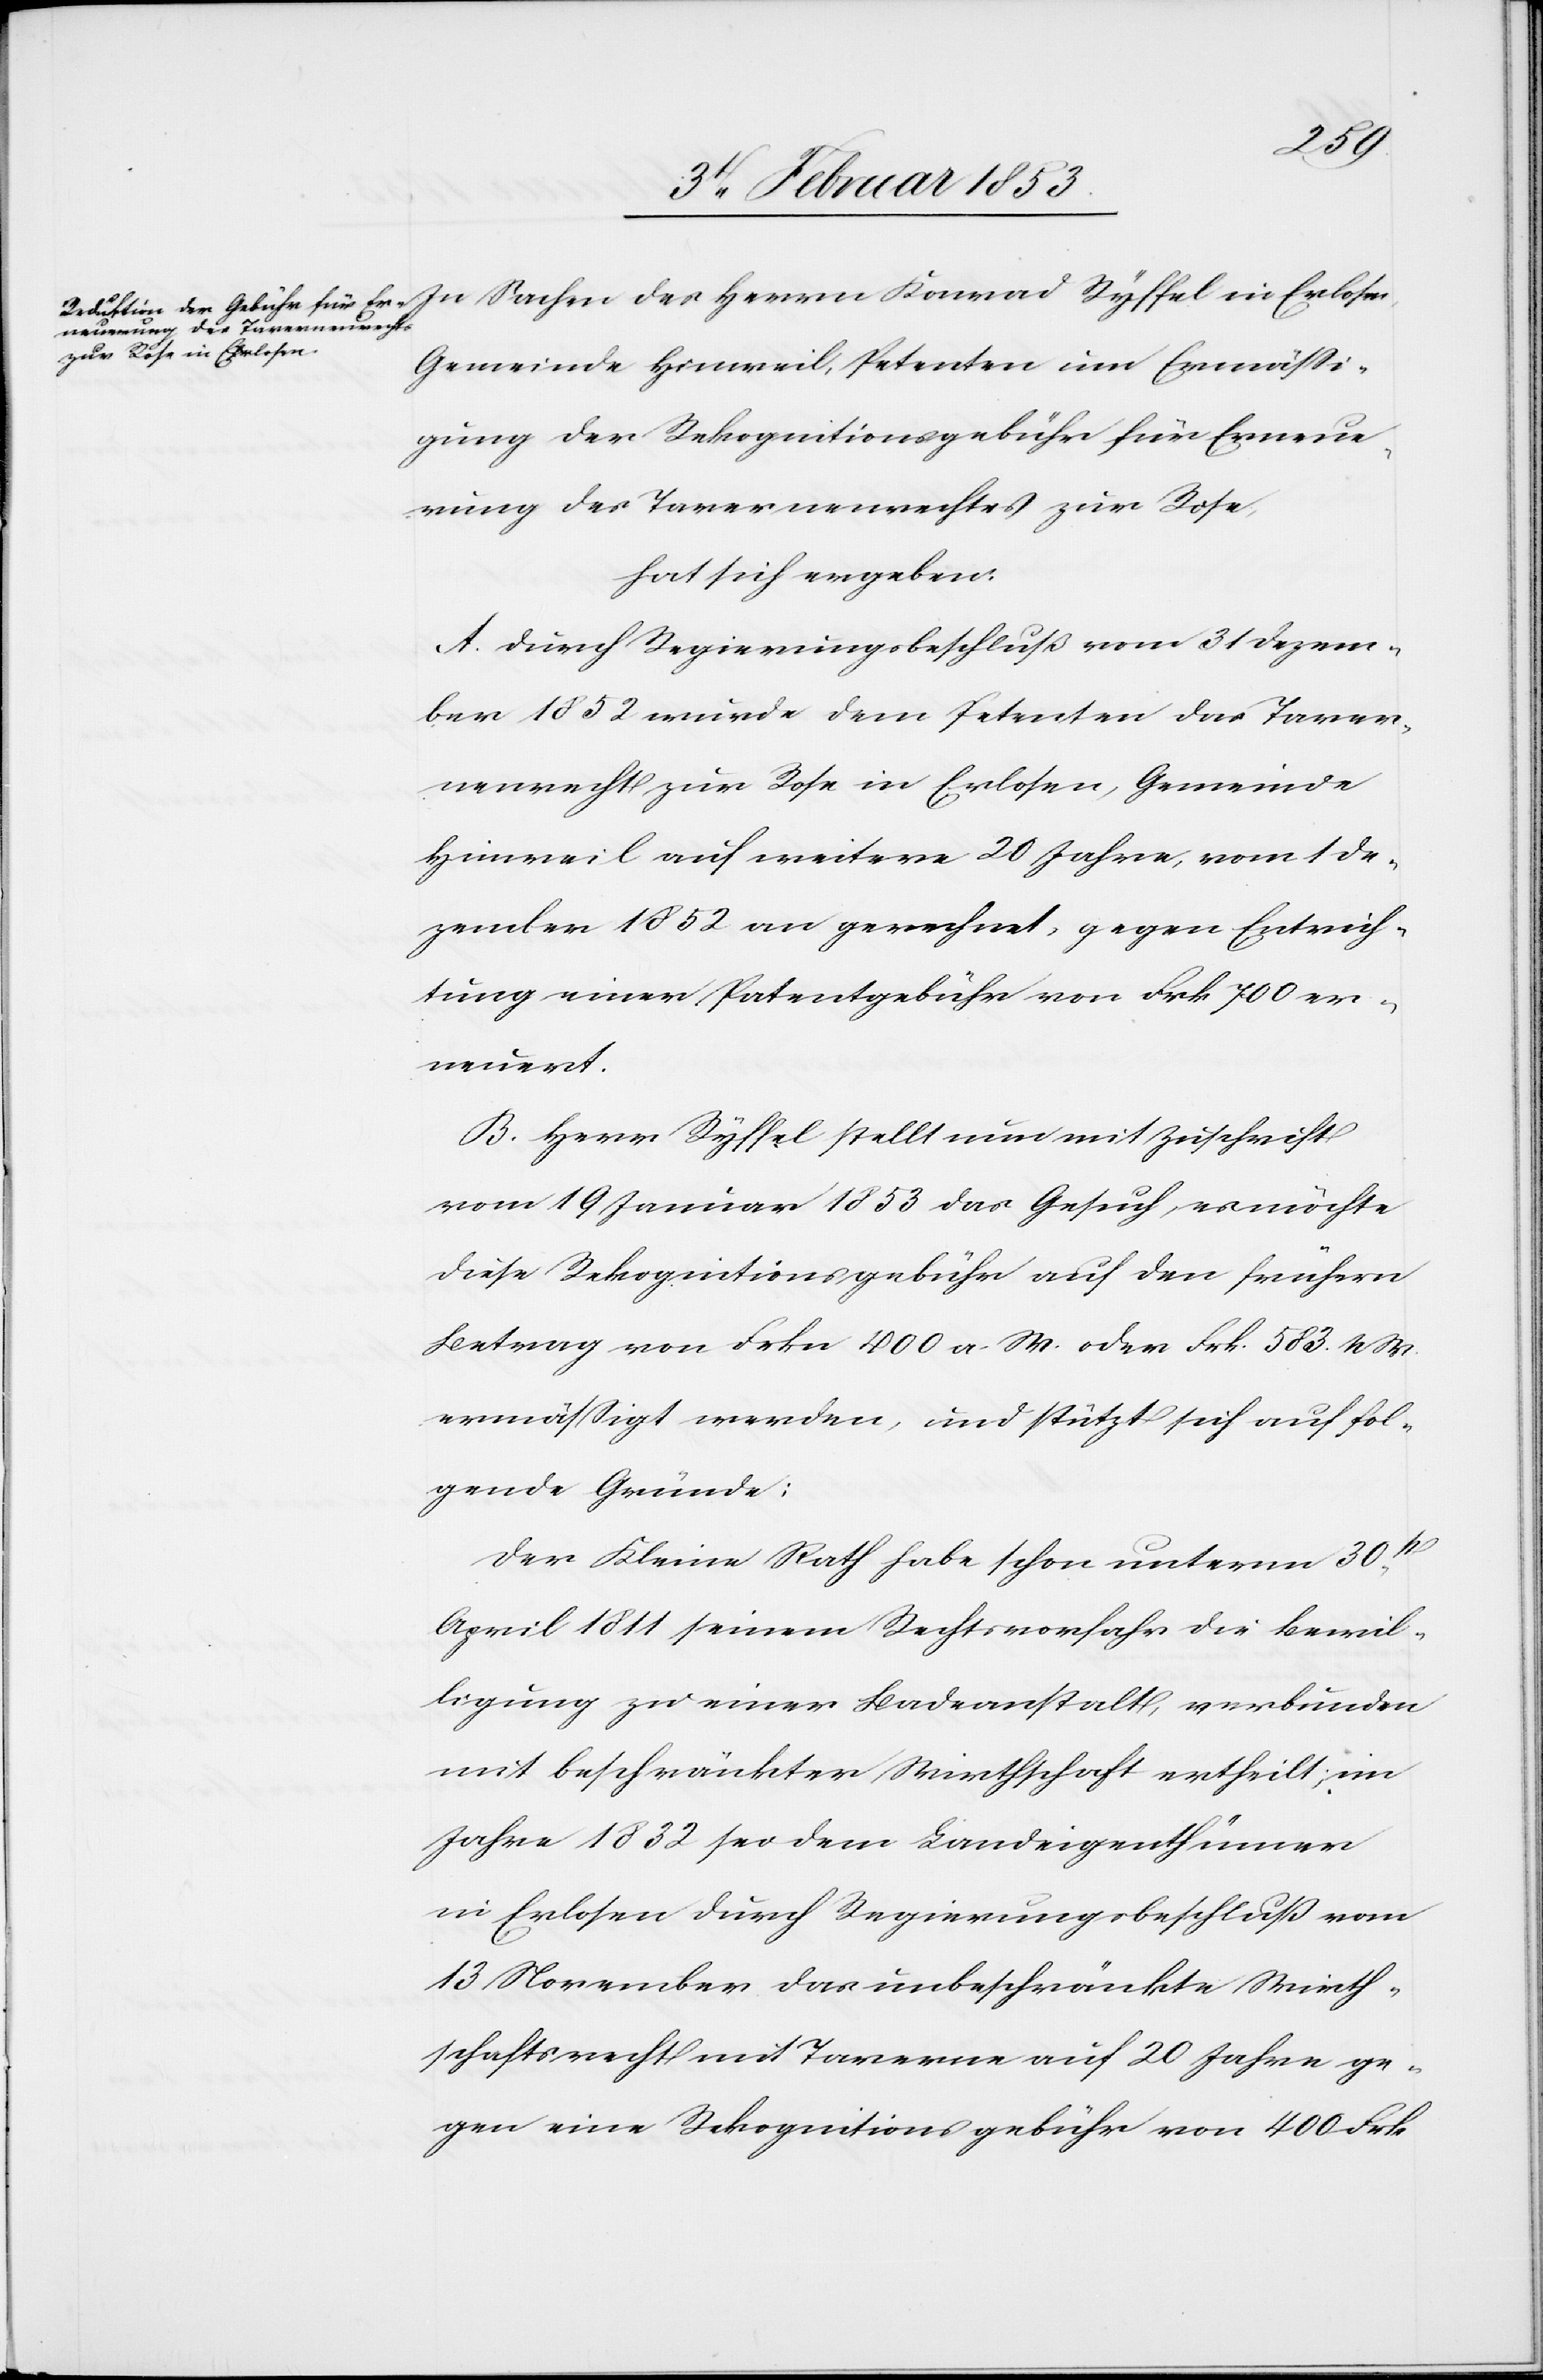
des
Konrad Ryffel in Erlosen,
Gemeinde Hinweil, Petenten um Ermässi¬
gung der Rekognitionsgebühr für Ernen¬
nung des Tavernenrechtes zur Rose,
hat sich ergeben:
A. Durch Regierungsbeschluß vom 31 Dezem¬
ber 1852 wurde dem Petenten das Taver¬
nenrecht zur Rose in Erlosen, Gemeinde
Hinweil auf weitere 20 Jahre, vom De¬
zember 1852 an gerechnet, gegen Entrich¬
tung einer Petentgebühr von Frk 700 er¬
neuert.
B. Herr Ryffel stellt nun mit Zuschrift
vom 19 Januar 1853 das Gesuch, es möchte
diese Rekognitionsgebühr auf den frühern
Betrag von Frk 400 a. W. oder Frk. 583 n. W.
ermäßigt werden, und stützt sich auf fol¬
gende Gründe;
Der Kleine Rath habe schon unterm 30t.
April 1811 seinem Rechtvorfahr die Bewil¬
ligung zu einer Badeanstalt, verbunden
mit beschränkter Wirthschaft ertheilt,im
Jahre 1832 sei dem Landeigenthümer
in Erlosen durch Regierungsbeschluß vom
13 November das unbeschränkte Wirth¬
schaftsrecht mit Taverne auf 20 Jahre ge¬
gen eine Rekognitionsgebühr von 400 Frk